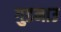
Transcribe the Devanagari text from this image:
गुडनाउ